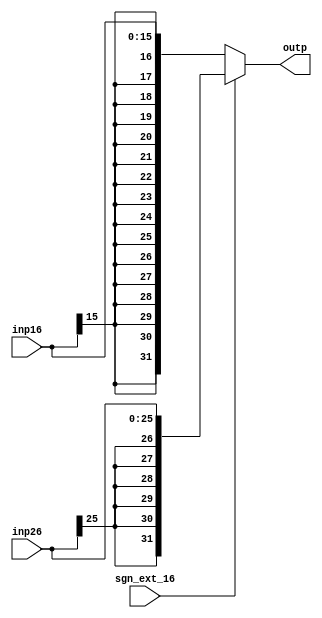
module sgn_extnd(inp16, inp26, sgn_ext_16, outp) ;


input [25:0] inp26 ;
input [15:0] inp16 ;

input sgn_ext_16 ;
output reg [31:0] outp ;

reg [31:0] temp1, temp2 ;

always @(inp16, inp26 , sgn_ext_16) begin

temp1 = {{16{inp16[15]}}, inp16} ;
temp2 = {{6{inp26[25]}}, inp26} ;


outp = sgn_ext_16 ? temp2 : temp1 ; // temp1 16 bit sign extended 



end



endmodule